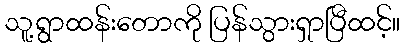
သူ့ရွာထန်းတောကို ပြန်သွားရှာပြီထင့်။